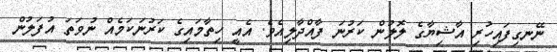
ނޭނގިފައިހުރި އާޝިޔާގެ ލޮލުން ކަރުނަ ފާއްދާލިއެވެ. އެއީ ހިތާމައިގެ ކަރުނަކަމެއް ނުވަތަ އުފަލުން